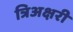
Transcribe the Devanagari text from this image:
त्रिअक्षरी